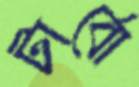
টার্বো